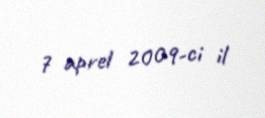
7 aprel 2009-ci il